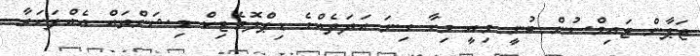
ޖަޕާން ޓައިމްސުން ބުނީ މިއީ މިހާ ގިނަ އަދަދެއްގެ ޑިޕްލޮމެޓިކް މިޝަންތައް އެއްފަހަރާ